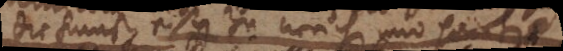
die kunst eisen zu weichen und härten.